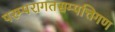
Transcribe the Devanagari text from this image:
परम्परागतसम्पत्तिगण